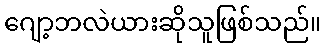
ဂျော့ဘလဲယားဆိုသူဖြစ်သည်။